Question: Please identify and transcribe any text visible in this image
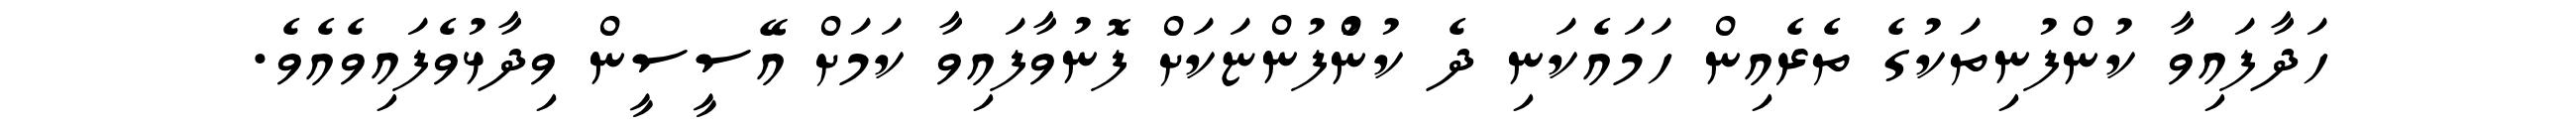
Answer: ހަދާފައިވާ ކުންފުނިތަކުގެ ތެރެއިން ހަމައެކަނި ދެ ކުންުފުންޏަކަށް ފޮނުވާފައިވާ ކަމަށް އޭސީސީން ވިދާޅުވެފައިވެއެވެ.